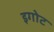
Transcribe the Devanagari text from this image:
इगोट